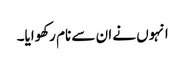
انہوں نے ان سے نام رکھوایا۔